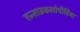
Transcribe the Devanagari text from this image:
एन्साइकलोपीडिया